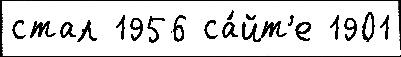
стал 1956 са́йт'е 1901